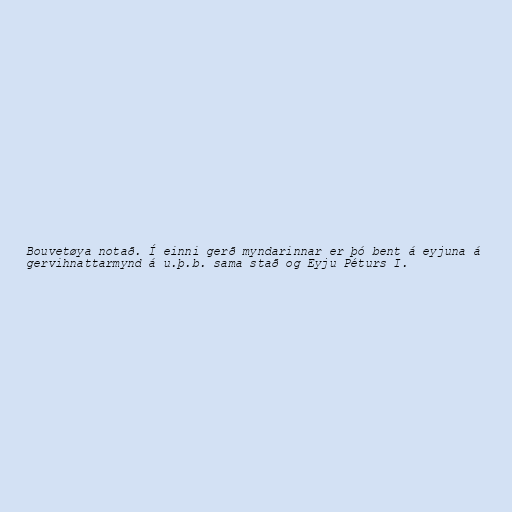
Bouvetøya notað. Í einni gerð myndarinnar er þó bent á eyjuna á
gervihnattarmynd á u.þ.b. sama stað og Eyju Péturs I.